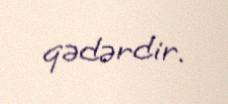
qədərdir.